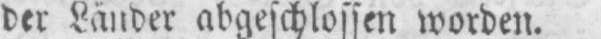
der Länder abgeschlossen worden.